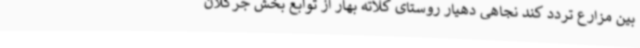
بین مزارع تردد کند نجاهی دهیار روستای کلاته بهار از توابع بخش جرگلان